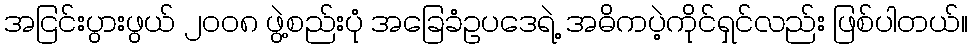
အငြင်းပွားဖွယ် ၂၀၀၈ ဖွဲ့စည်းပုံ အခြေခံဥပဒေရဲ့ အဓိကပဲ့ကိုင်ရှင်လည်း ဖြစ်ပါတယ်။